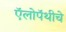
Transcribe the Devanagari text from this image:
ऍलोपॅथीचे